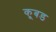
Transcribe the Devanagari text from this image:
कूबड